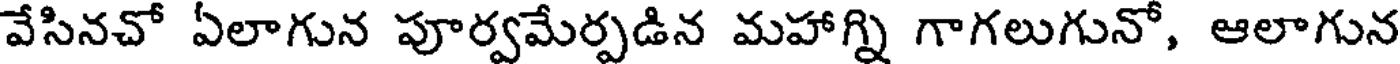
వేసినచో ఏలాగున పూర్వమేర్పడిన మహాగ్ని గాగలుగునో, ఆలాగున